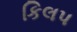
કિલપ